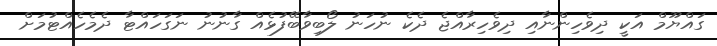
ގައްޔޫމް އަކީ ދިވެހިންނާއި ދިވެހިރާއްޖެ ދެކެ ނުހަނު ލޯބިވާބޭފުޅެއް ގާނުނު ނަގަހައްޓާ ދެމެހެއްޓުމަށް